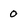
Character: 0